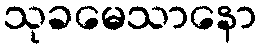
သုခမေသာနော